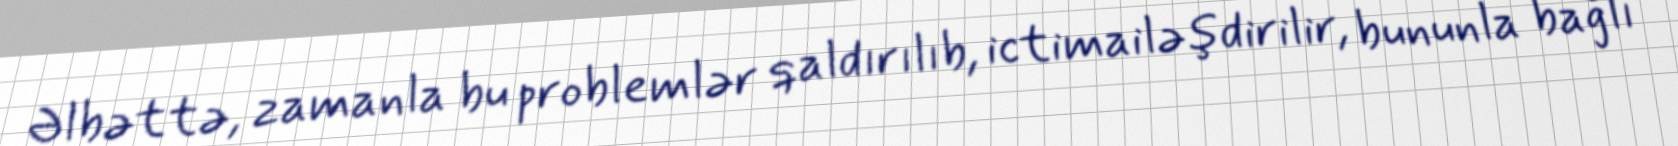
Əlbəttə, zamanla bu problemlər qaldırılıb, ictimailəşdirilir, bununla bağlı